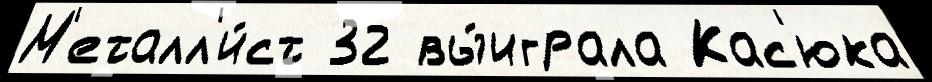
М'еталл'и́ст 32 вы́играла Кас'юка